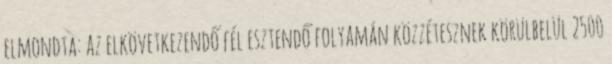
elmondta: az elkövetkezendő fél esztendő folyamán közzétesznek körülbelül 2500